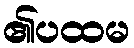
၏ပထမ